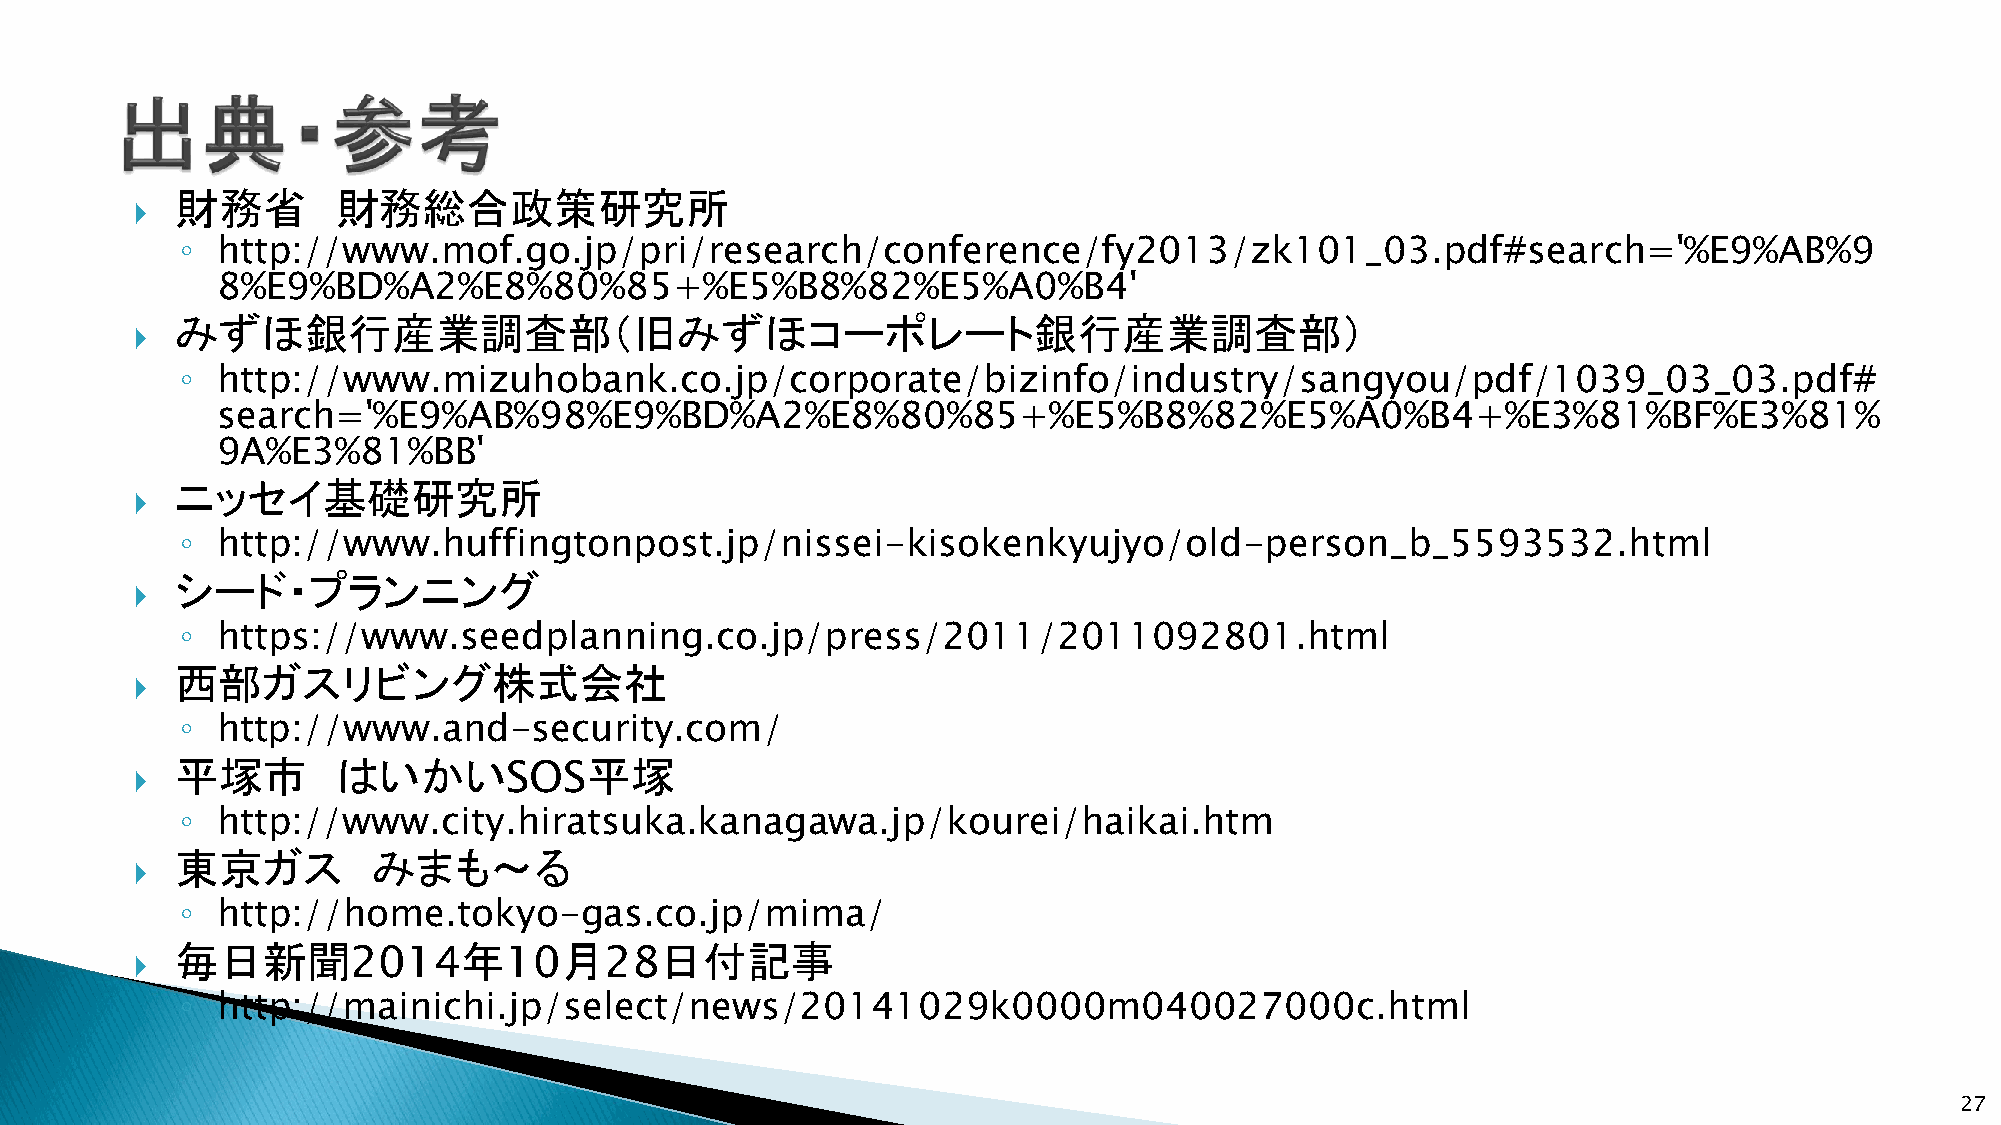
財務省       財務総合政策研究所
 
 ◦ http://www.mof.go.jp/pri/research/conference/fy2013/zk101_03.pdf#search='%E9%AB%9
 8%E9%BD%A2%E8%80%85+%E5%B8%82%E5%A0%B4'
 みずほ銀行産業調査部（旧みずほコーポレート銀行産業調査部）
 
 ◦ http://www.mizuhobank.co.jp/corporate/bizinfo/industry/sangyou/pdf/1039_03_03.pdf#
 search='%E9%AB%98%E9%BD%A2%E8%80%85+%E5%B8%82%E5%A0%B4+%E3%81%BF%E3%81%
 9A%E3%81%BB'
 ニッセイ基礎研究所
 
 ◦ http://www.huffingtonpost.jp/nissei-kisokenkyujyo/old-person_b_5593532.html
 シード・プランニング
 
 ◦ https://www.seedplanning.co.jp/press/2011/2011092801.html
 西部ガスリビング株式会社
 
 ◦ http://www.and-security.com/
 平塚市       はいかいSOS平塚
 
 ◦ http://www.city.hiratsuka.kanagawa.jp/kourei/haikai.htm
 東京ガス         みまも～る
 
 ◦ http://home.tokyo-gas.co.jp/mima/
 毎日新聞2014年10月28日付記事
 
 ◦ http://mainichi.jp/select/news/20141029k0000m040027000c.html
 27